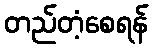
တည်တံ့စေရန်